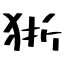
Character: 狾